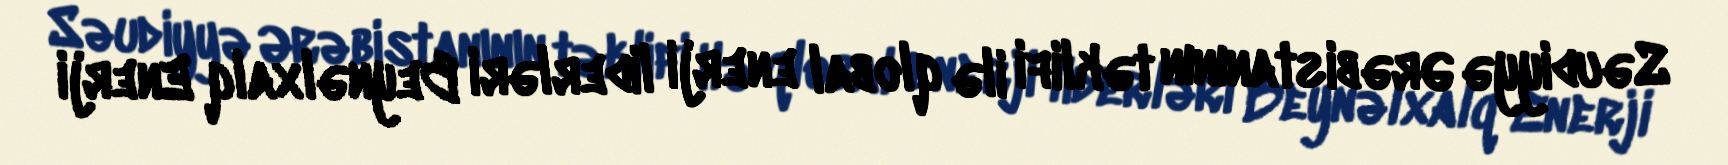
Səudiyyə Ərəbistanının təklifi ilə qlobal enerji liderləri Beynəlxalq Enerji